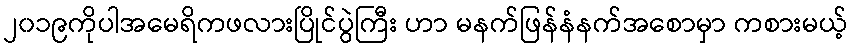
၂၀၁၉ကိုပါအမေရိကဖလားပြိုင်ပွဲကြီး ဟာ မနက်ဖြန်နံနက်အစောမှာ ကစားမယ့်